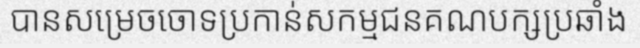
បានសម្រេចចោទប្រកាន់សកម្មជនគណបក្សប្រឆាំង